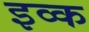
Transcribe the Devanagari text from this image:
इव्क